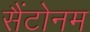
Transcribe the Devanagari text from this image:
सैंटोनम